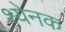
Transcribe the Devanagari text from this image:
श्येनक